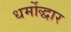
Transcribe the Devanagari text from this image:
धर्मोद्धार